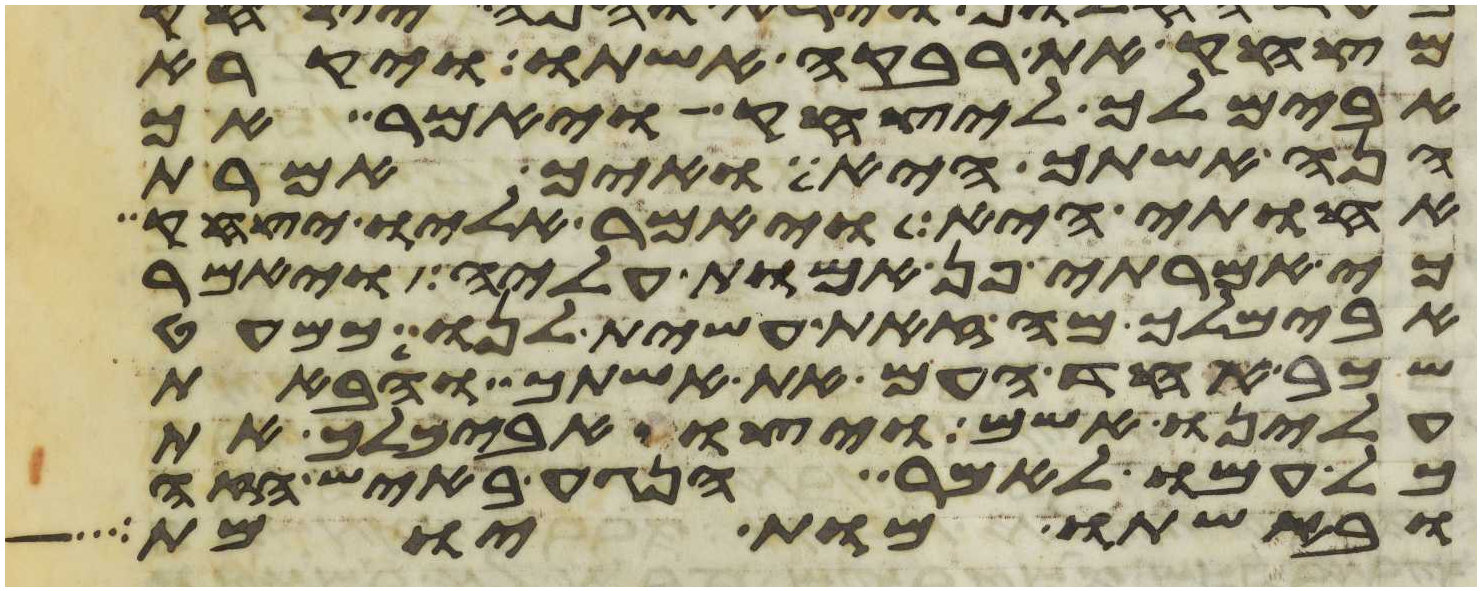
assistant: מצחק את רבקה אשתו ויקרא
אבימלך ליצחק ויאמר אך
הנה אשתך היא ואיך אמרת
אחותי היא ויאמר אליו יצחק
כי אמרתי פן אמות עליה ויאמר
אבימלך מה זאת עשית לנו כמעט
שכב אחד העם את אשתך והבאת
עלינו אשם ויצו אבימלך את
כל עמו לאמר הנגע באיש הזה
ובאשתו מות יומת